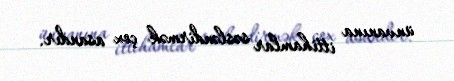
ünvanına ittihamlar səsləndirmək çox asandır.